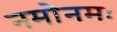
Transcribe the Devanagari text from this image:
नमोनमः